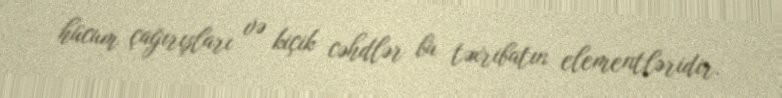
hücum çağırışları və kiçik cəhdlər bu təxribatın elementləridir.